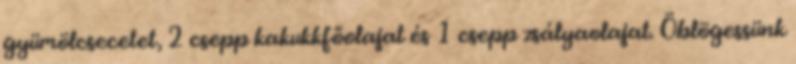
gyümölcsecetet, 2 csepp kakukkfőolajat és 1 csepp zsályaolajat. Öblögessünk